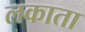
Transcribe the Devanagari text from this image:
लकाता